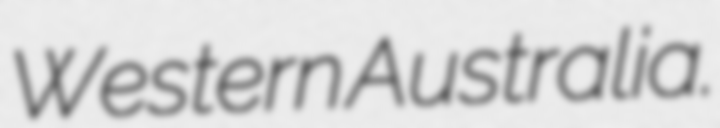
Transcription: Western Australia.